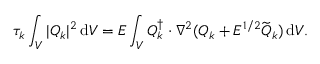
\tau _ { k } \int _ { V } | \boldsymbol { Q } _ { k } | ^ { 2 } \, \mathrm { d } V = E \int _ { V } \boldsymbol { Q } _ { k } ^ { \dagger } \boldsymbol { \cdot } \nabla ^ { 2 } ( \boldsymbol { Q } _ { k } + E ^ { 1 / 2 } \widetilde { \boldsymbol { Q } } _ { k } ) \, \mathrm { d } V .